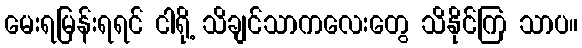
မေးရမြန်းရရင် ငါရို့ သိချင်သာကလေးတွေ သိနိုင်ကြ သာပ။